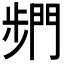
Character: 𮤓